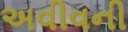
અવીવની